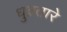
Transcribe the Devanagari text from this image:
धुव्रतारे